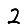
Digit: 2